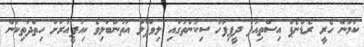
ކަމުން ހެރީ ރެޑްނެޕް އިސްތިއުފާ ދީފިފަހު ސިކުންތުގައި ލިވަޕޫލު އަތުންބަލިވެ ކިއުޕީއާރަށް ހިތްދަތިކަން